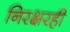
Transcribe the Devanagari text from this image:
निरक्षरही